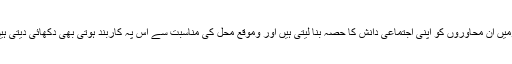
قومیں ان محاوروں کو اپنی اجتماعی دانش کا حصہ بنا لیتی ہیں اور وموقع محل کی مناسبت سے اس پہ کاربند ہوتی بھی دکھائی دیتی ہیں۔